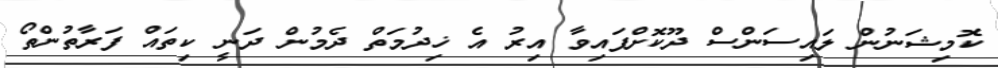
ކޮމިޝަނުން ލައިސަންސް ދޫކޮށްފައިވާ އިރު އެ ޚިދުމަތް ދެމުން ދަނީ ކިތައް ފަރާތުންތޯ